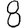
Digit: 8